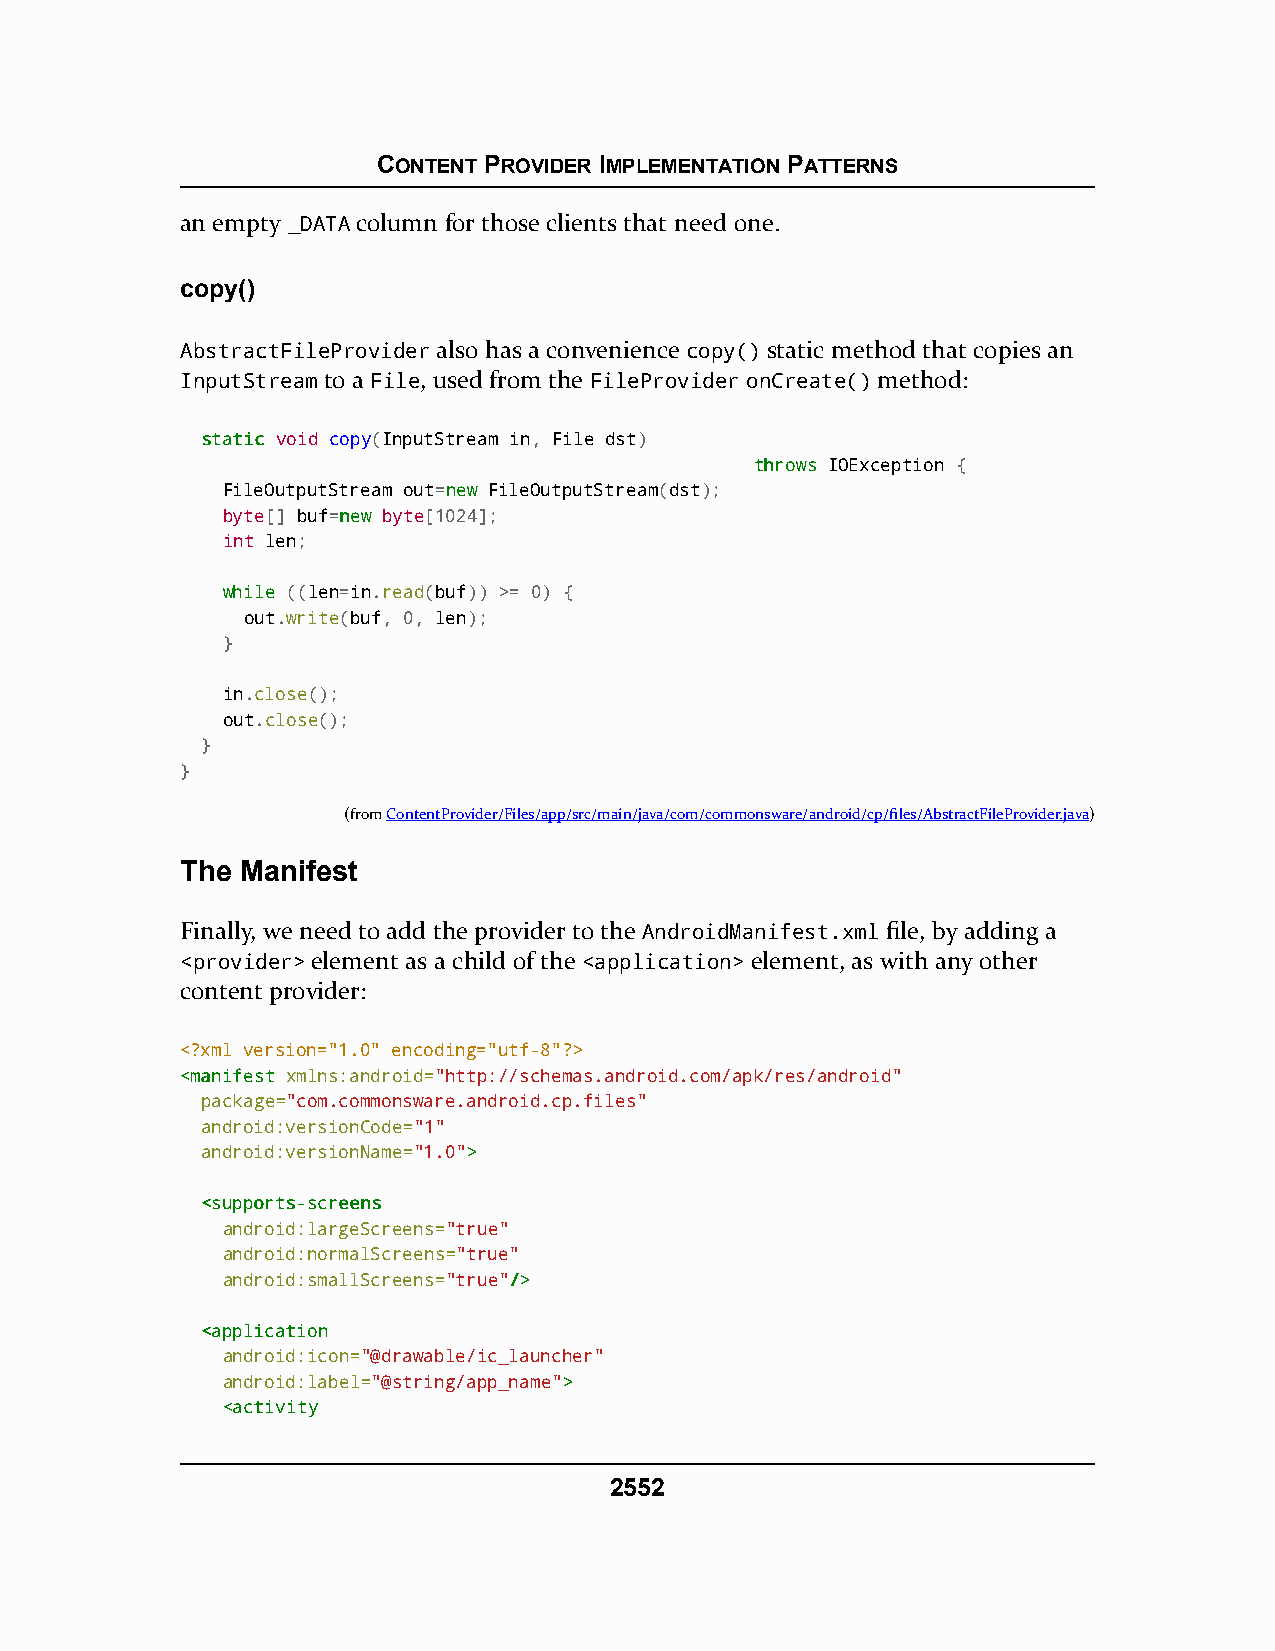
CONTENT PROVIDER IMPLEMENTATION PATTERNS
 an empty _DATA column for those clients that need one.
 copy()
 AbstractFileProvider also has a convenience copy() static method that copies an
 InputStream to a File, used from the FileProvider onCreate() method:
 ssttaattiicc void copy(InputStream in, File dst)
 tthhrroowwss IOException {
 FileOutputStream out=nneeww FileOutputStream(dst);
 byte[] buf=nneeww byte[1024];
 int len;
 wwhhiillee ((len=in.read(buf)) >= 0) {
 out.write(buf, 0, len);
 }
 in.close();
 out.close();
 }
 }
 (fromContentProvider/Files/app/src/main/java/com/commonsware/android/cp/files/AbstractFileProvider.java)
 The Manifest
 Finally, we need to add the provider to the AndroidManifest.xml file, by adding a
 <provider> element as a child of the <application> element, as with any other
 content provider:
 <?xml version="1.0" encoding="utf-8"?>
 <<mmaanniiffeesstt xmlns:android="http://schemas.android.com/apk/res/android"
 package="com.commonsware.android.cp.files"
 android:versionCode="1"
 android:versionName="1.0">>
 <<ssuuppppoorrttss--ssccrreeeennss
 android:largeScreens="true"
 android:normalScreens="true"
 android:smallScreens="true"//>>
 <<aapppplliiccaattiioonn
 android:icon="@drawable/ic_launcher"
 android:label="@string/app_name">>
 <<aaccttiivviittyy
 2552